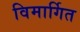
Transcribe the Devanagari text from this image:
विमार्गित